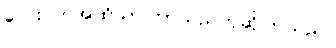
လေးပတ်အထိသာကြာသည်ဟုဆိုကြသည်။